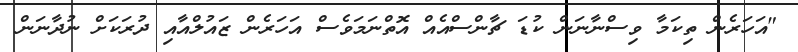
"އަހަރެން ތިކަމާ ވިސްނާނަން ކުޑަ ޗާންސްއެއް އޮތްނަމަވެސް އަހަރެން ޒައުލްއާއި ދުރަކަށް ނުދާނަން